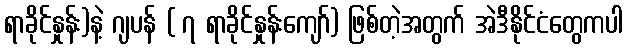
ရာခိုင်နှုန်း)နဲ့ ဂျပန် ( ၇ ရာခိုင်နှုန်းကျော်) ဖြစ်တဲ့အတွက် အဲဒီနိုင်ငံတွေကပါ